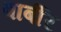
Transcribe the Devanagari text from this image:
बार्बीर